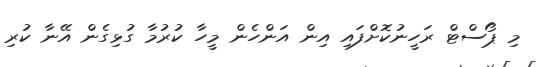
މި ޕޯސްޓް ރަހީނުކޮށްފައި އިން އަންހެން މީހާ ކުރުމާ ގުޅިގެން އޭނާ ކުރި